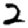
Digit: 2